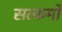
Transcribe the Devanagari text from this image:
सत्कर्मो